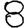
Digit: 8